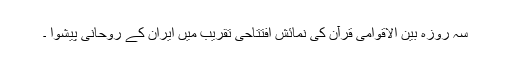
سہ روزہ بین الاقوامی قرآن کی نمائش افتتاحی تقریب میں ایران کے روحانی پیشوا ۔